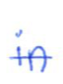
Text: in
Cross-out: single-line
Writing tool: ballpoint